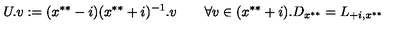
U . v : = ( x ^ { * * } - i ) ( x ^ { * * } + i ) ^ { - 1 } . v \qquad \forall v \in ( x ^ { * * } + i ) . D _ { x ^ { * * } } = L _ { + i , x ^ { * * } }